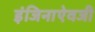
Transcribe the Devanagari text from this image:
इंजिनाऐवजी